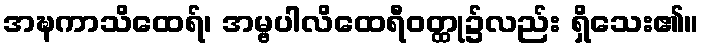
အဍ္ဎကာသိထေရ်၊ အမ္ဗပါလိထေရီဝတ္ထု၌လည်း ရှိသေး၏။